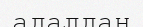
адалдан